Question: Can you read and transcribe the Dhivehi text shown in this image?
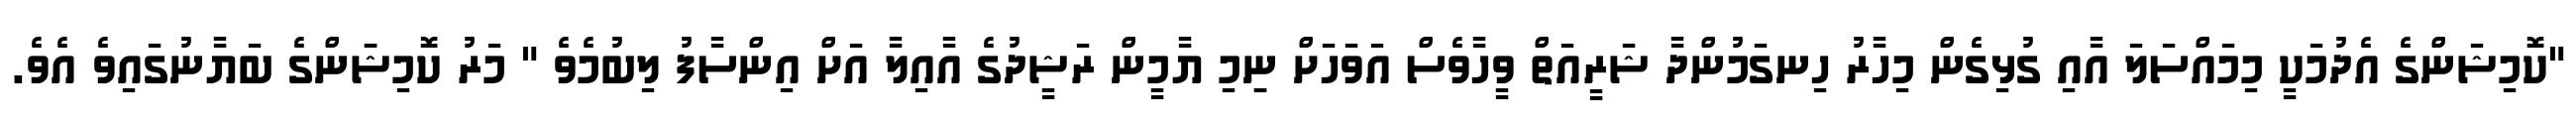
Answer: "ކޮމިޝަންގެ އެދުމަކީ މިމައްސަލަ އާއި ގުޅިގެން މިހާރު ހިނގަމުންދާ ޝަރީއަތް ވީހާވެސް އަވަހަށް ނިިމި ޔާމީން ރަޝީދުގެ އާއިލާ އަށް އިންސާފު ލިބުމެވެ " މަރު ކޮމިޝަަންގެ ބަޔާނުގައިވެ އެވެ.